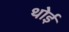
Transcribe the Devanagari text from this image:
थोई